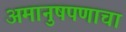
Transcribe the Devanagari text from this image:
अमानुषपणाचा